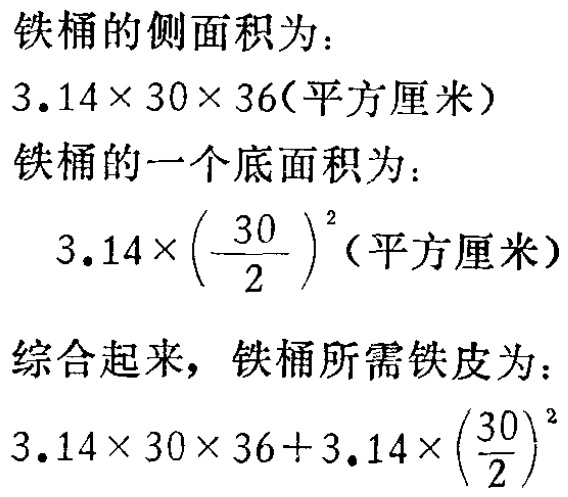
铁桶的侧面积为：

\(3.14\times 30\times 36(\text{平方厘米})\)

铁桶的一个底面积为：

\(3.14\times\left(\frac{30}{2}\right)^{2}(\text{平方厘米})\)

综合起来，铁桶所需铁皮为：

\(3.14\times 30\times 36 + 3.14\times\left(\frac{30}{2}\right)^{2}\)